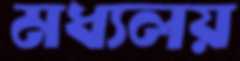
মধ্যলয়